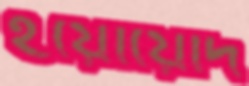
ইয়োয়েদি